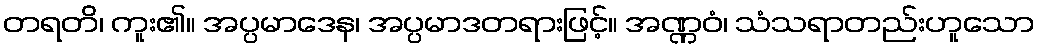
တရတိ၊ ကူး၏။ အပ္ပမာဒေန၊ အပ္ပမာဒတရားဖြင့်။ အဏ္ဏဝံ၊ သံသရာတည်းဟူသော